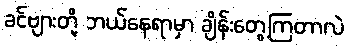
ခင်ဗျားတို့ ဘယ်နေရာမှာ ချိန်းတွေ့ကြတာလဲ